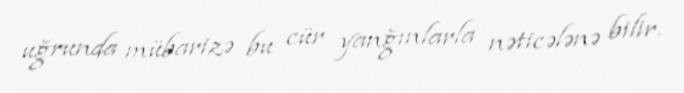
uğrunda mübarizə bu cür yanğınlarla nəticələnə bilir.